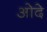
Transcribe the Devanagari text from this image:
ओदे